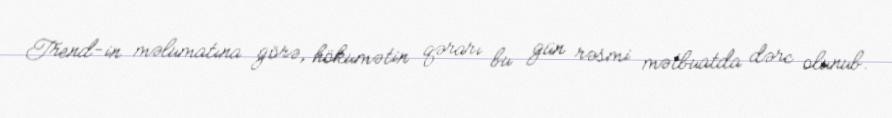
Trend-in məlumatına görə, hökumətin qərarı bu gün rəsmi mətbuatda dərc olunub.